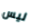
ليس